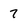
Character: 7